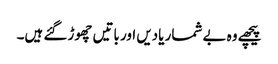
پیچھے وہ بے شمار یادیں اور باتیں چھوڑ گئے ہیں۔